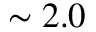
\sim 2 . 0